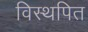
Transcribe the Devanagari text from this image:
विस्थपित